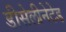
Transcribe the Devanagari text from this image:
डीसेलीनेटेड